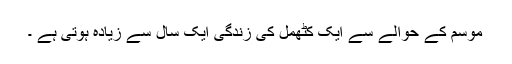
موسم کے حوالے سے ایک کٹھمل کی زندگی ایک سال سے زیادہ ہوتی ہے ۔